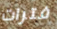
فترات